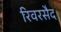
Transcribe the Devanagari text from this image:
रिवरसैद